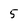
Character: 5